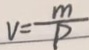
v = \frac { m } { P }